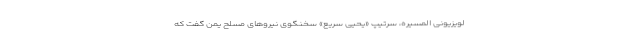
لویزیونی المسیره، سرتیپ «یحیی سریع» سخنگوی نیرو‌های مسلح یمن گفت که